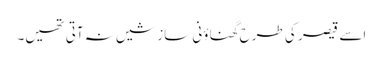
اسے قیصر کی طرح گھناؤنی سازشیں نہ آتی تھیں۔